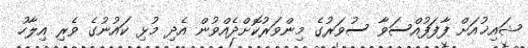
ޝައިޚުއަށް ފާފަފުއްސަވާ ސުވަރުގެ މިންވަރުކޮށްދެއްވުން އެދި މުޅި ކައުނުގެ ވެރި އިލާހު